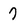
Character: 7